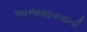
અજમાવવાની